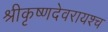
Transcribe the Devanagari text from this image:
श्रीकृष्णदेवरायश्च